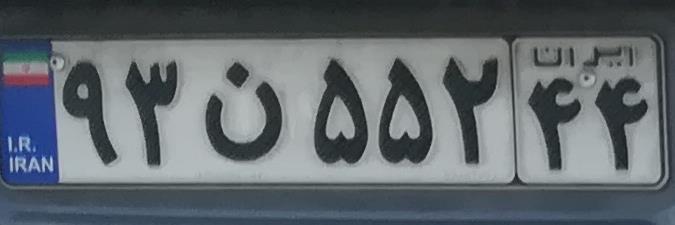
۹۳ن۵۵۲۴۴